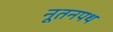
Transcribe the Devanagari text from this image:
नूतनपथ